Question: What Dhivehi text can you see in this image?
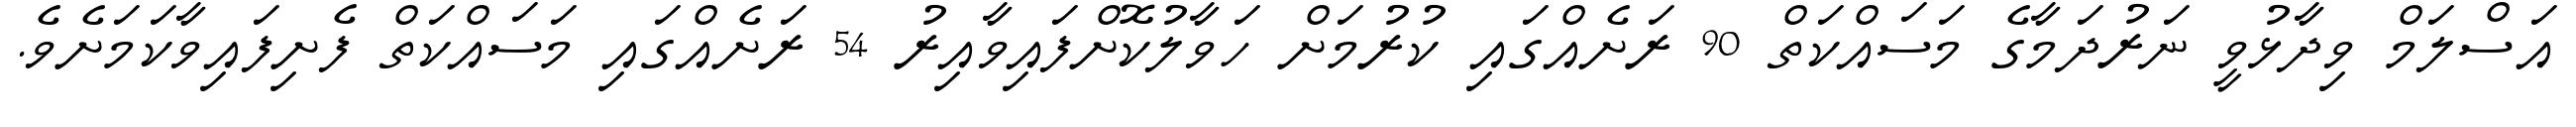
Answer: އަސްލަމް ވިދާޅުވީ ނަރުދަމާގެ މަސައްކަތް 90 ރަށެއްގައި ކުރުމަށް ހަވާލުކޮށްފައިވާއިރު 54 ރަށެއްގައި މަސައްކަތް ފެށިފައިވާކަމަށެވެ.